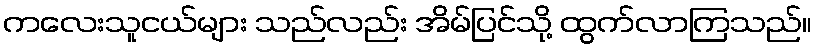
ကလေးသူငယ်များ သည်လည်း အိမ်ပြင်သို့ ထွက်လာကြသည်။